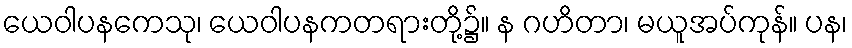
ယေဝါပနကေသု၊ ယေဝါပနကတရားတို့၌။ န ဂဟိတာ၊ မယူအပ်ကုန်။ ပန၊